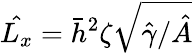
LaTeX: \hat{L_{x}}=\bar{h}^{2}\zeta\sqrt{\hat{\gamma}/\hat{A}}